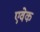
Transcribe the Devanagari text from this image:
एवेक